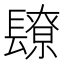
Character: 镽